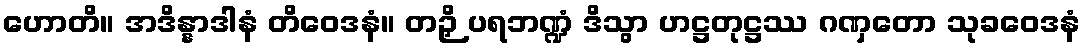
ဟောတိ။ အဒိန္နာဒါနံ တိဝေဒနံ။ တဉှိ ပရဘဏ္ဍံ ဒိသွာ ဟဋ္ဌတုဋ္ဌဿ ဂဏှတော သုခဝေဒနံ